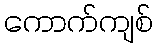
ကောက်ကျစ်